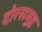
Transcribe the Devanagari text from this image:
दोरसमुद्र